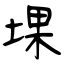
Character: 堁